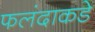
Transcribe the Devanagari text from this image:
फलंदाकडे